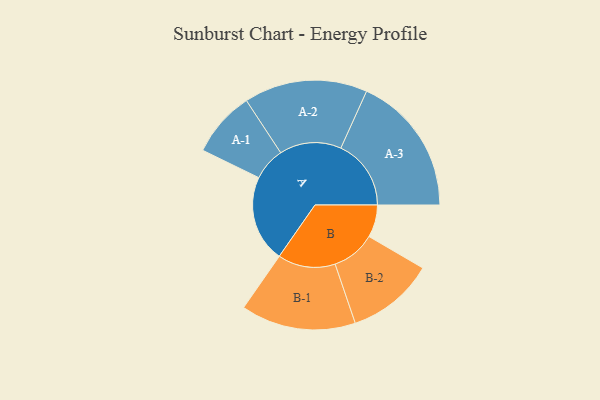
{"axis": {"x": "Segment", "y": "Value"}, "legend": ["", "A", "B"], "data": [{"x": "A", "y": 367, "type": ""}, {"x": "B", "y": 137, "type": ""}, {"x": "A-1", "y": 139, "type": "A"}, {"x": "A-2", "y": 261, "type": "A"}, {"x": "A-3", "y": 297, "type": "A"}, {"x": "B-1", "y": 243, "type": "B"}, {"x": "B-2", "y": 185, "type": "B"}]}